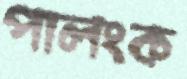
পালংক